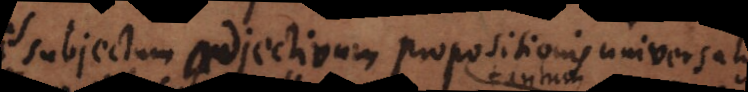
subjectum adjectivum propositionis universalis